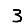
Digit: 3